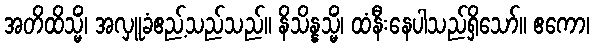
အတိထိသ္မိံ၊ အလှူခံဧည့်သည်သည်။ နိသိန္နသ္မိံ၊ ထံနီးနေပါသည်ရှိသော်။ ဧကော၊